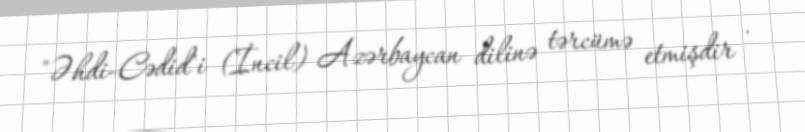
"Əhdi-Cədid"i (İncil) Azərbaycan dilinə tərcümə etmişdir .